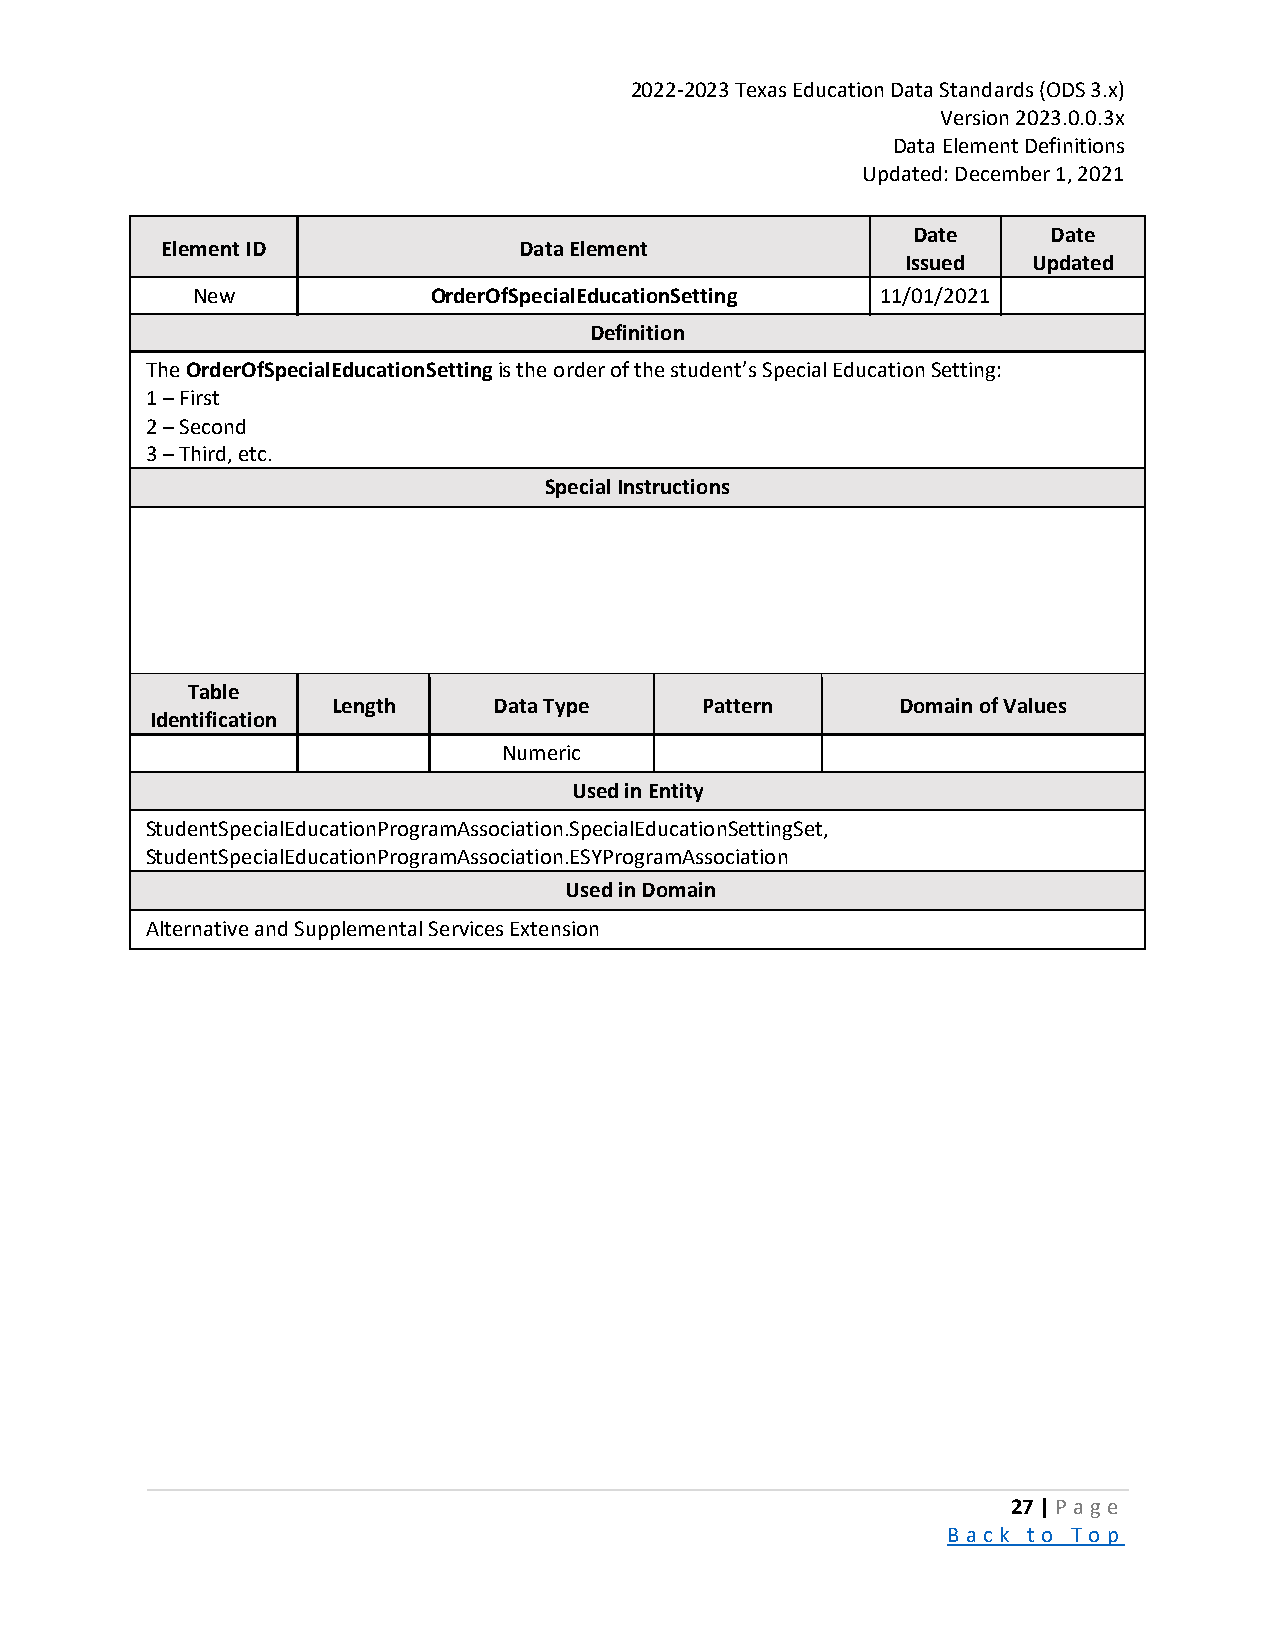
2022-2023 Texas Education Data Standards (ODS 3.x)
 Version 2023.0.0.3x
 Data Element Definitions
 Updated: December 1, 2021
 Date      Date
 Element ID             Data Element
 Issued  Updated
 New             OrderOfSpecialEducationSetting 11/01/2021
 Definition
 The OrderOfSpecialEducationSetting is the order of the student’s Special Education Setting:
 1 – First
 2 – Second
 3 – Third, etc.
 Special Instructions
 Table
 Length     Data Type    Pattern       Domain of Values
 Identification
 Numeric
 Used in Entity
 StudentSpecialEducationProgramAssociation.SpecialEducationSettingSet,
 StudentSpecialEducationProgramAssociation.ESYProgramAssociation
 Used in Domain
 Alternative and Supplemental Services Extension
 27 | P a ge
 B a ck to To p